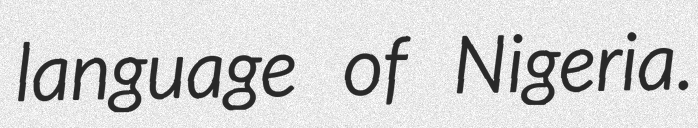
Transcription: language of Nigeria.